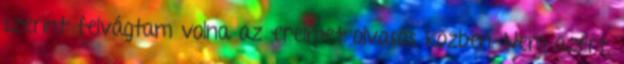
szerint felvágtam volna az ereimet olvasás közben. Nem azért,